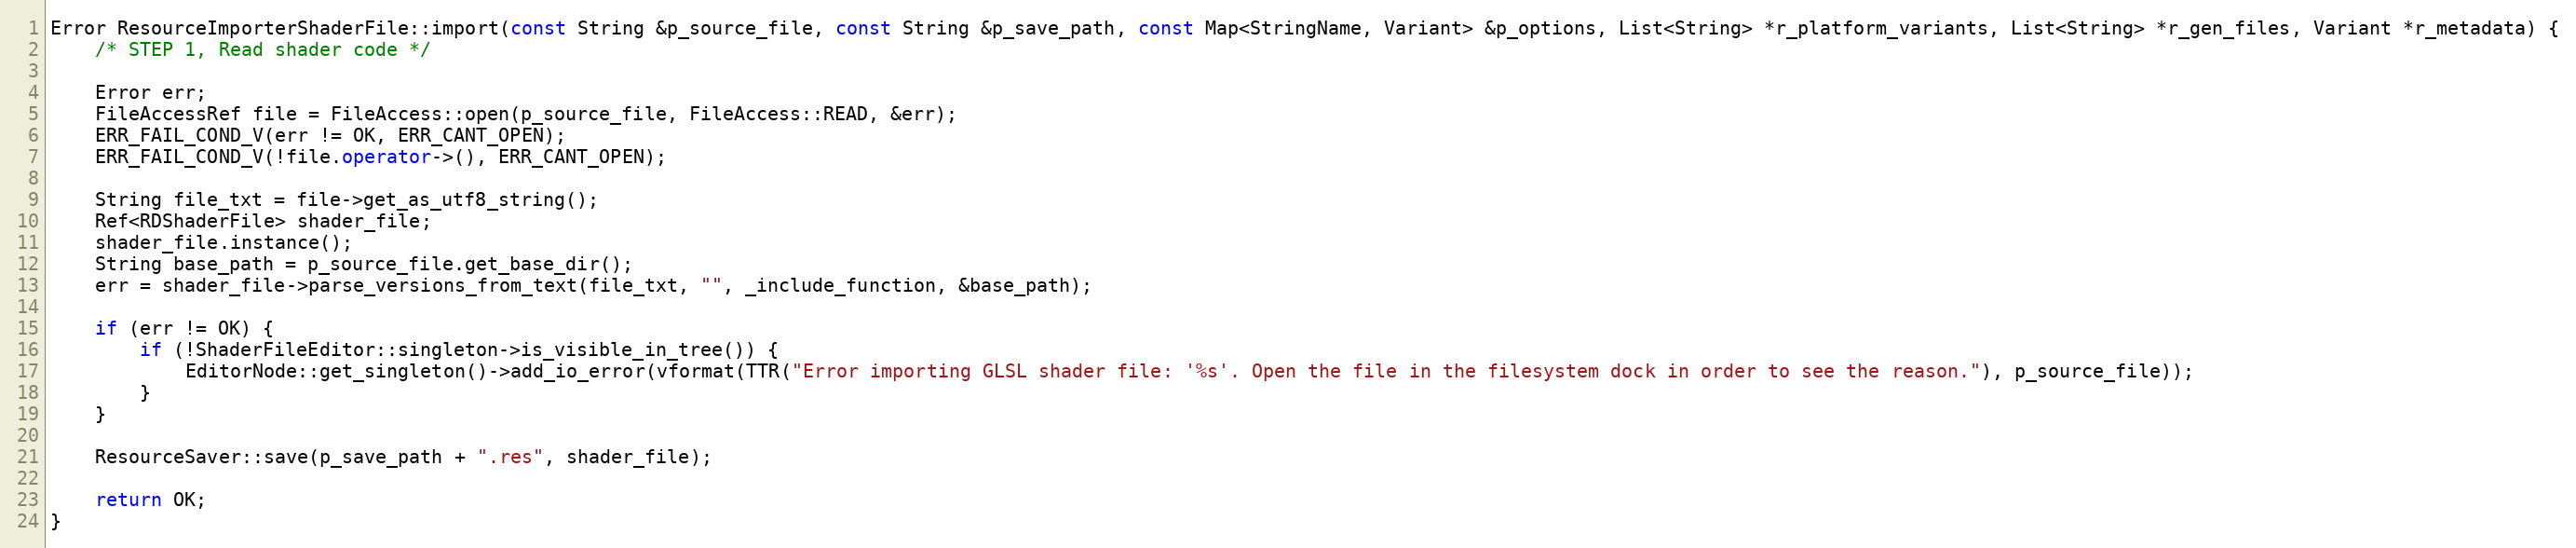
Language: C++
Error ResourceImporterShaderFile::import(const String &p_source_file, const String &p_save_path, const Map<StringName, Variant> &p_options, List<String> *r_platform_variants, List<String> *r_gen_files, Variant *r_metadata) {
	/* STEP 1, Read shader code */

	Error err;
	FileAccessRef file = FileAccess::open(p_source_file, FileAccess::READ, &err);
	ERR_FAIL_COND_V(err != OK, ERR_CANT_OPEN);
	ERR_FAIL_COND_V(!file.operator->(), ERR_CANT_OPEN);

	String file_txt = file->get_as_utf8_string();
	Ref<RDShaderFile> shader_file;
	shader_file.instance();
	String base_path = p_source_file.get_base_dir();
	err = shader_file->parse_versions_from_text(file_txt, "", _include_function, &base_path);

	if (err != OK) {
		if (!ShaderFileEditor::singleton->is_visible_in_tree()) {
			EditorNode::get_singleton()->add_io_error(vformat(TTR("Error importing GLSL shader file: '%s'. Open the file in the filesystem dock in order to see the reason."), p_source_file));
		}
	}

	ResourceSaver::save(p_save_path + ".res", shader_file);

	return OK;
}